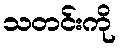
သတင်းကို